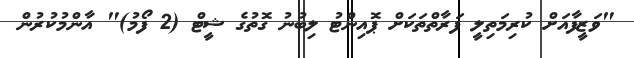
"ވަޒީފާއަށް ކުރިމަތިލީ ފަރާތްތަކަށް ޕޮއިންޓު ލިބުނު ގޮތުގެ ޝީޓް (2 ފޯމު)" އާންމުކުރުން